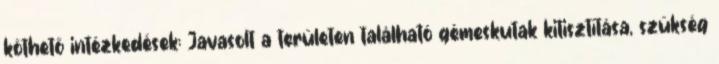
köthető intézkedések: Javasolt a területen található gémeskutak kitisztítása, szükség